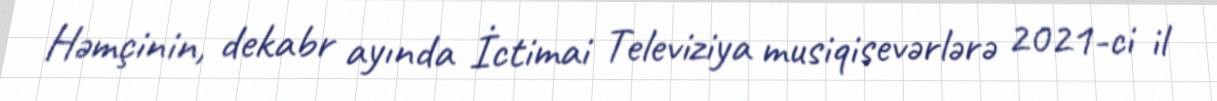
Həmçinin, dekabr ayında İctimai Televiziya musiqisevərlərə 2021-ci il